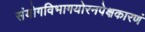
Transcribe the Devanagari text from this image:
संयोगविभागयोरनपेक्षकारणं